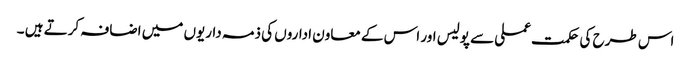
اس طرح کی حکمت عملی سے پولیس اور اس کے معاون اداروں کی ذمہ داریوں میں اضافہ کرتے ہیں ۔